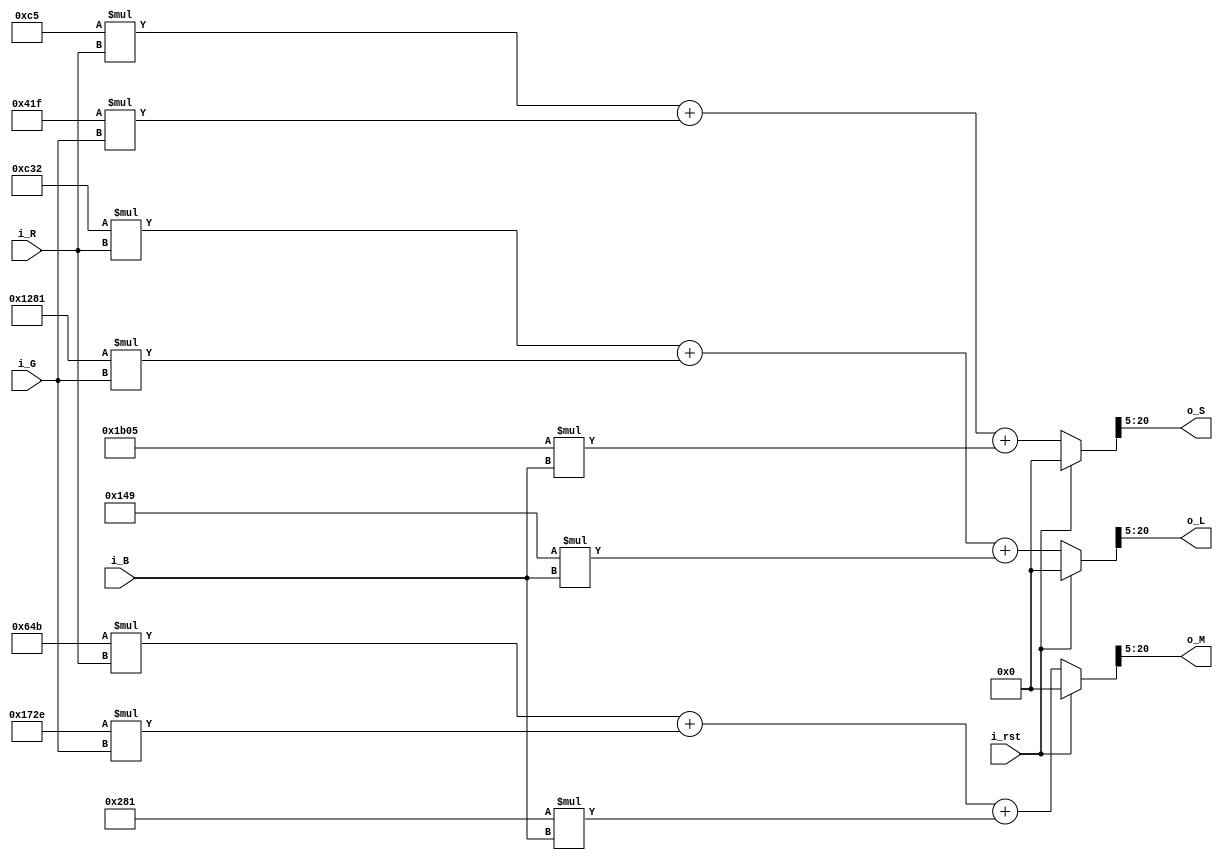
module RGB2LMS(
	i_rst,
	i_R,
	i_G,
	i_B,
	o_L,
	o_M,
	o_S
);

//====== I/O port ===========================

	input i_rst;
	
	input [7:0] i_R; // 8 B
	input [7:0] i_G;
	input [7:0] i_B;
	
	output [15:0] o_L; // 8+8 B
	output [15:0] o_M;
	output [15:0] o_S;

//====== submodule ==========================

	
	
//====== reg/wire ===========================
	wire [15:0] matrix11, matrix12, matrix13;
	wire [15:0] matrix21, matrix22, matrix23;
	wire [15:0] matrix31, matrix32, matrix33;
	
	//output reg
	reg [23:0] reg_L; //24B = 11B + 13B
	reg [23:0] reg_M;
	reg [23:0] reg_S;

//====== assign =============================
	//matrix1 3+13 B

	assign matrix11 = 16'b0000110000110010;
	assign matrix12 = 16'b0001001010000001;
	assign matrix13 = 16'b0000000101001001;
	assign matrix21 = 16'b0000011001001011;
	assign matrix22 = 16'b0001011100101110;
	assign matrix23 = 16'b0000001010000001;
	assign matrix31 = 16'b0000000011000101;
	assign matrix32 = 16'b0000010000011111;
	assign matrix33 = 16'b0001101100000101;
	
	assign o_L = reg_L[20:5]; // 8B + 8B
	assign o_M = reg_M[20:5];
	assign o_S = reg_S[20:5];
	
//====== combinational circuit ==============
always@(*) begin
	if(i_rst) begin
		reg_L = 0;
		reg_M = 0;
		reg_S = 0;
	end else begin
		reg_L = matrix11*i_R + matrix12*i_G + matrix13*i_B;
		reg_M = matrix21*i_R + matrix22*i_G + matrix23*i_B;
		reg_S = matrix31*i_R + matrix32*i_G + matrix33*i_B;
	end
end

//====== sequential circuit =================


endmodule